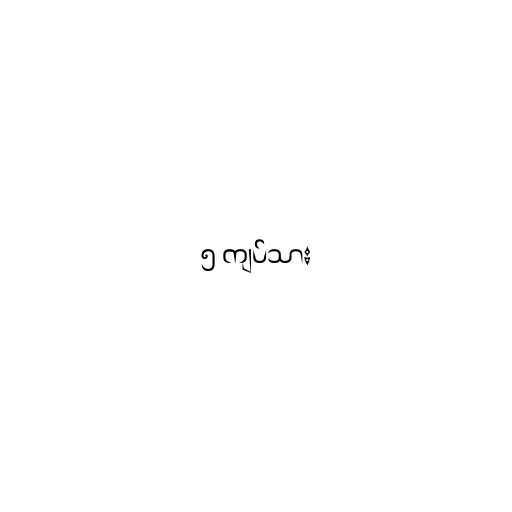
၅ ကျပ်သား